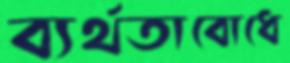
ব্যর্থতাবোধে